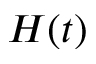
H ( t )